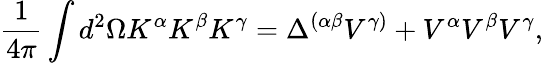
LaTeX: \frac{1}{4\pi}\int d^{2}\Omega K^{\alpha}K^{\beta}K^{\gamma}=\Delta^{(\alpha\beta}V^{\gamma)}+V^{\alpha}V^{\beta}V^{\gamma},